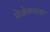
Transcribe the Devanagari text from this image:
मेजेलनला